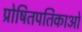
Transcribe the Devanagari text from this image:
प्रोषितपतिकाओं